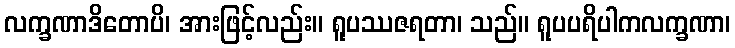
လက္ခဏာဒိတောပိ၊ အားဖြင့်လည်း။ ရူပဿဇရတာ၊ သည်။ ရူပပရိပါကလက္ခဏာ၊